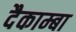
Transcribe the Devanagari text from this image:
दैकाम्बा